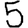
Digit: 5